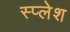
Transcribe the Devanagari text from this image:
स्प्लेश